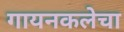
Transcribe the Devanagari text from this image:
गायनकलेचा